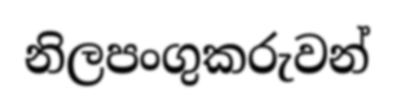
නිලපංගුකරුවන්